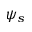
\psi _ { s }